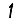
Digit: 1